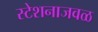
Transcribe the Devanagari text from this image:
स्टेशनाजवळ